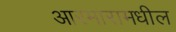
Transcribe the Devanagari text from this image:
आरमारामधील